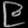
Digit: ၉